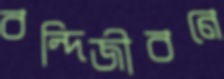
বন্দিজীবনে